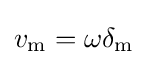
v_{\mathrm {m} }=\omega \delta _{\mathrm {m} }